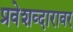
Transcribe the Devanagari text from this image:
प्रवेशव्दारावर